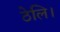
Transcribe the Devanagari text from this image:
ठेलि।